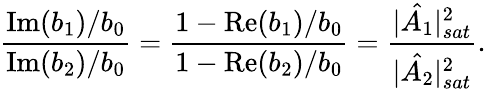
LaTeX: \frac{\mathrm{Im}(b_{1})/b_{0}}{\mathrm{Im}(b_{2})/b_{0}}=\frac{1-\mathrm{Re}(b_{1})/b_{0}}{1-\mathrm{Re}(b_{2})/b_{0}}=\frac{|\hat{A_{1}}|_{sat}^{2}}{|\hat{A_{2}}|_{sat}^{2}}.